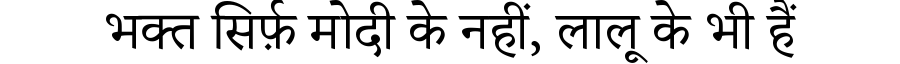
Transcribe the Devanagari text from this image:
भक्त सिर्फ़ मोदी के नहीं, लालू के भी हैं